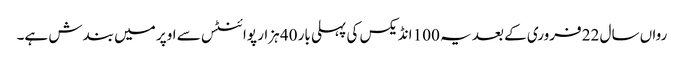
رواں سال 22 فروری کے بعد یہ 100 انڈیکس کی پہلی بار 40 ہزار پوائنٹس سے اوپر میں بندش ہے۔